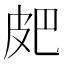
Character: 㿬